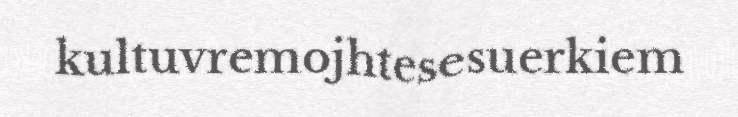
kultuvremojhtesesuerkiem